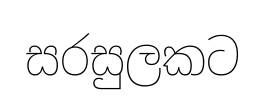
සරසුලකට